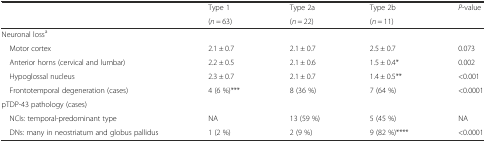
<table><thead><tr><td></td><td><b>Type 1</b></td><td><b>Type 2a</b></td><td><b>Type 2b</b></td><td><b><i>P</i>-value</b></td></tr><tr><td></td><td><b>(<i>n</i> = 63)</b></td><td><b>(<i>n</i> = 22)</b></td><td><b>(<i>n</i> = 11)</b></td><td></td></tr></thead><tbody><tr><td>Neuronal loss<sup>a</sup></td><td></td><td></td><td></td><td></td></tr><tr><td> Motor cortex</td><td>2.1 ± 0.7</td><td>2.1 ± 0.7</td><td>2.5 ± 0.7</td><td>0.073</td></tr><tr><td> Anterior horns (cervical and lumbar)</td><td>2.2 ± 0.5</td><td>2.1 ± 0.6</td><td>1.5 ± 0.4*</td><td>0.002</td></tr><tr><td> Hypoglossal nucleus</td><td>2.3 ± 0.7</td><td>2.1 ± 0.7</td><td>1.4 ± 0.5**</td><td>&lt;0.001</td></tr><tr><td> Frontotemporal degeneration (cases)</td><td>4 (6 %)***</td><td>8 (36 %)</td><td>7 (64 %)</td><td>&lt;0.0001</td></tr><tr><td>pTDP-43 pathology (cases)</td><td></td><td></td><td></td><td></td></tr><tr><td> NCIs: temporal-predominant type</td><td>NA</td><td>13 (59 %)</td><td>5 (45 %)</td><td>NA</td></tr><tr><td> DNs: many in neostriatum and globus pallidus</td><td>1 (2 %)</td><td>2 (9 %)</td><td>9 (82 %)****</td><td>&lt;0.0001</td></tr></tbody></table>